Eesti_Rahvusfond, lk 123
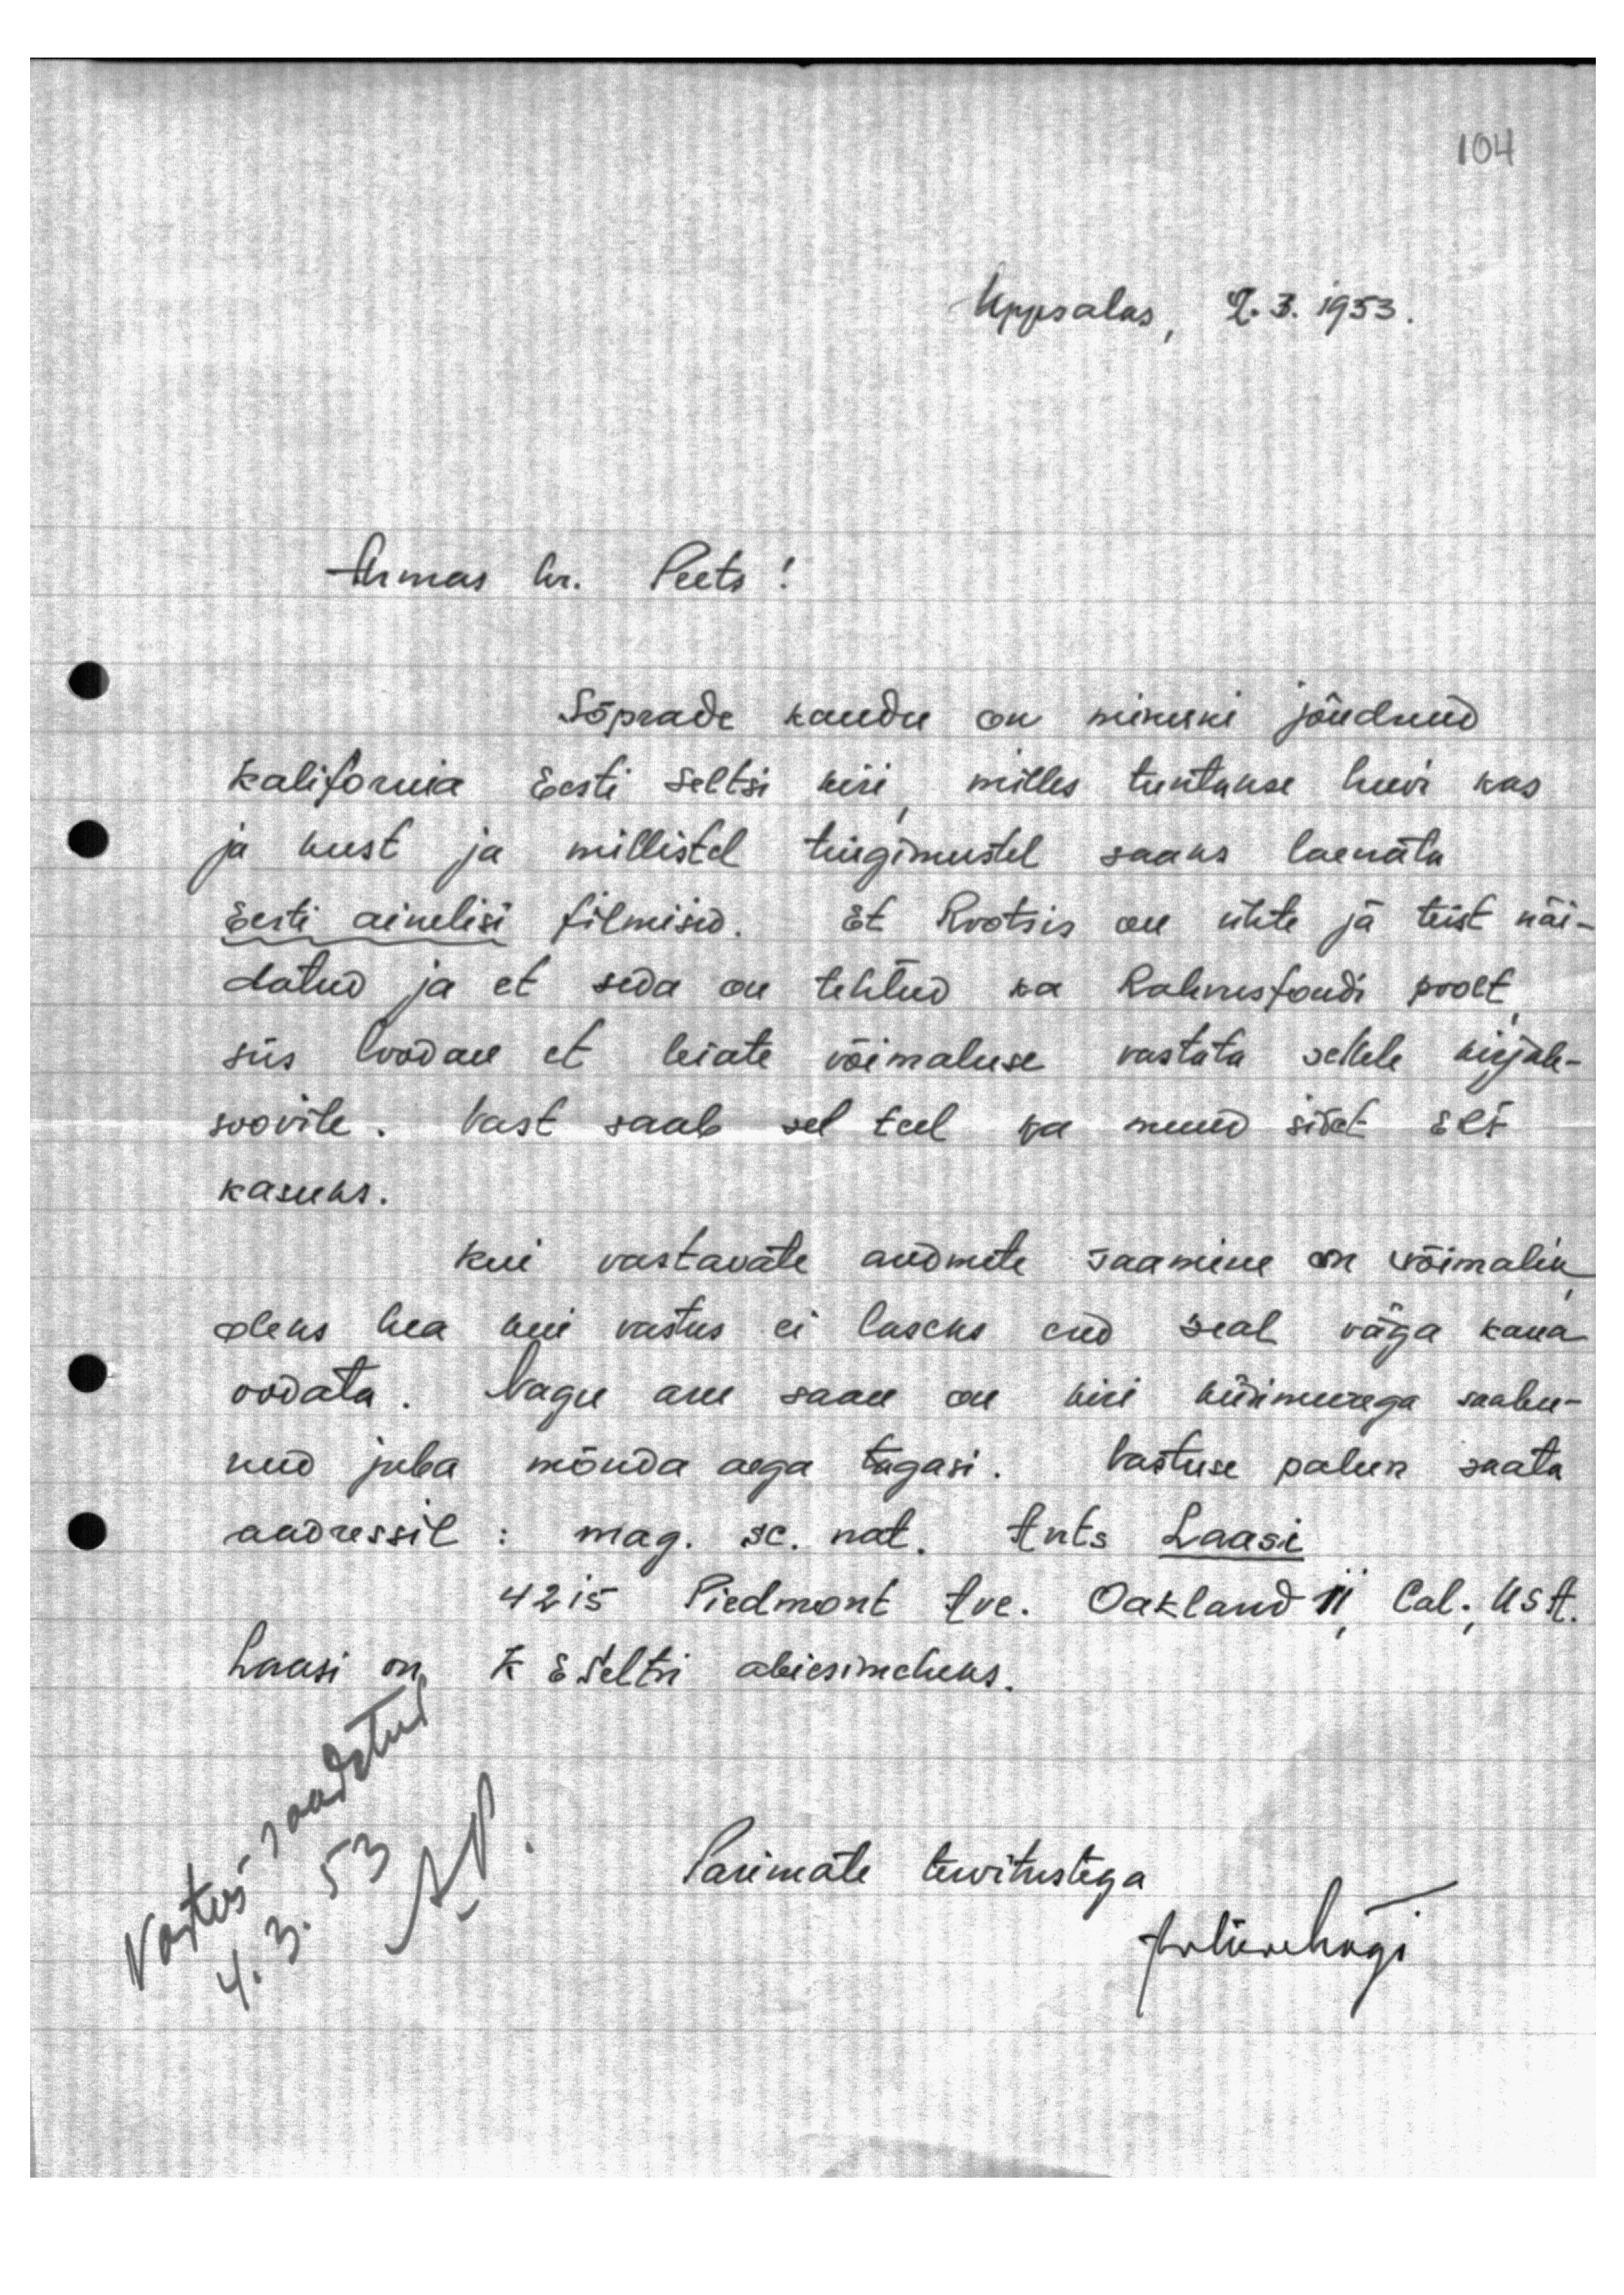
Uppsalas, 2.3.1953.

Armas hr. Peets!

Sõprade kaudu on minuni jõudnud
Kalifornia Eesti seltsi kiri, milles tuntakse huvi kas
ja kust ja millistel tingimustel saaks laenata
Eesti ainelisi filmisid. Et Rootsis on ühte ja teist näi-
datud ja et seda on tehtud ka Rahvusfondi poolt
siis loodame et leiate võimaluse vastata sellele kirjale-
soovile. Vast saab sel teel ka muud sidet ERF
kasuks.
kui vastavate andmete saamine on võimalik,
oleks hea kui vastus ei laseks end seal väga kaua
oodata. Nagu aru saan on kiri küsimusega saabu-
nud juba mõnda aega tagasi. Vastuse palun saata
aadressil: mag. sc. nat. Ants Laasi
4215 Piedmont Ave. Oakland 11, Cal., USA.
Laasi on K. E. Seltsi abiesimeheks.
vastus saadetud
4.3.53
Parimate tervitustega
JuliusMägi